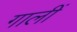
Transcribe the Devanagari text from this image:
गालीं